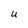
Character: U